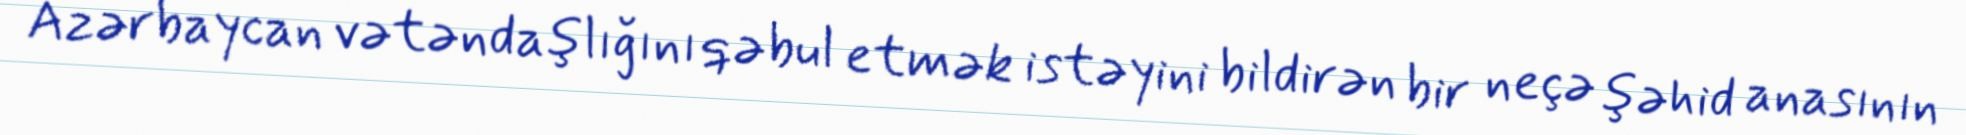
Azərbaycan vətəndaşlığını qəbul etmək istəyini bildirən bir neçə şəhid anasının